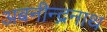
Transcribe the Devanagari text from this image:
अबनीन्द्ननाथ